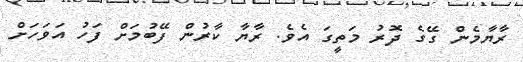
ރާޔާމެން ގޭގެ ދޮރު މަތީގަ އެވެ. ރާޔާ ކާރުން ފޭބުމަށް ފަހު އަވަހަށް